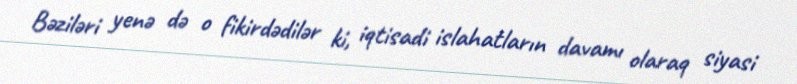
Bəziləri yenə də o fikirdədilər ki, iqtisadi islahatların davamı olaraq siyasi